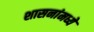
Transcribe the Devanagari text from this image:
शासनांमध्ये